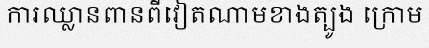
ការឈ្លានពានពីវៀតណាមខាងត្បូង ក្រោម